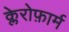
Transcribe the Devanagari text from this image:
क्लेरोफ़ार्म